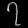
Digit: ၇